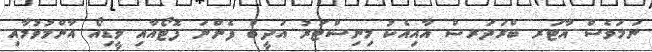
ނަމަވެސް އާޓަރ ބްރަދަރސް އާއިއެކު މިނިސްޓަރު އަދީބް ފެންނަ ފޮޓޯއާއި ވީޑިއޯ އާންމުވުމާއި